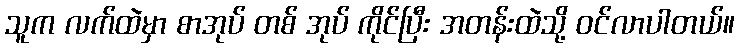
သူက လက်ထဲမှာ စာအုပ် တစ် အုပ် ကိုင်ပြီး အတန်းထဲသို့ ဝင်လာပါတယ်။